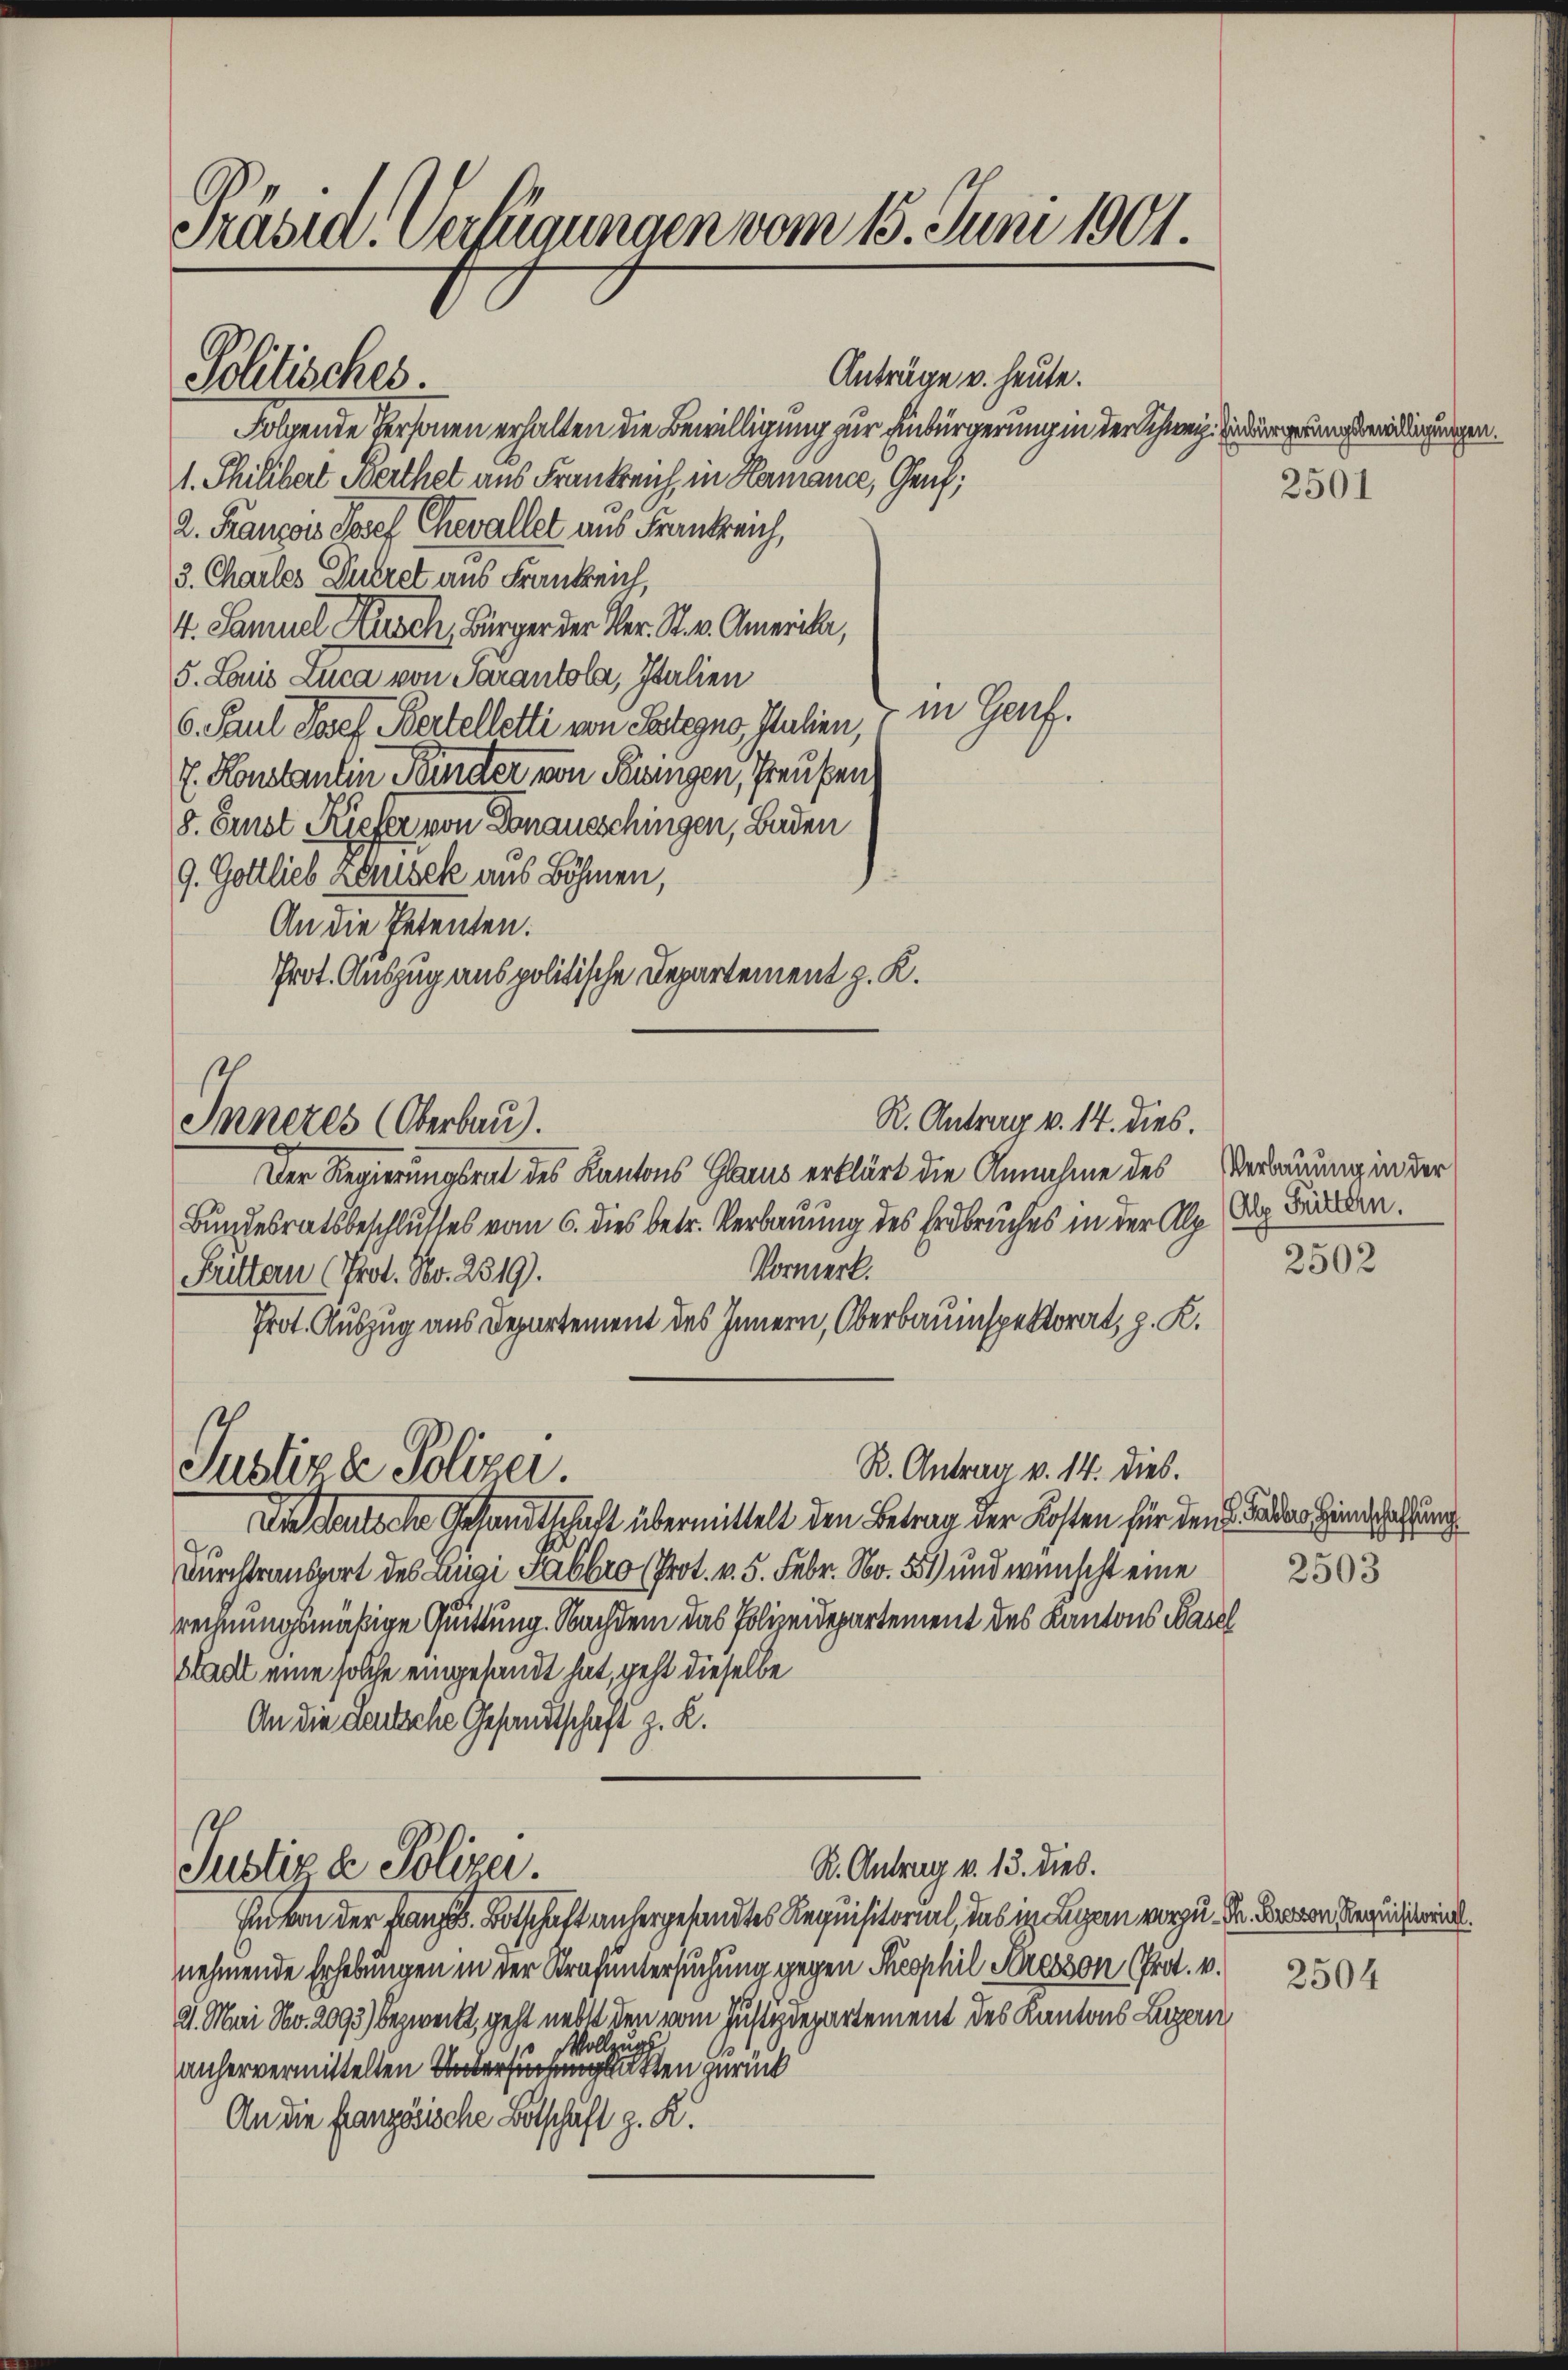
Präsid. Verfügungen vom 15. Juni 1901.

Anträge v. heute.
Folgende Personen erhalten die Bewilligung zur Einbürgerung in der Schweiz. Eindergerungsberirdigungen.
1. Philibert Berthet aus Frankreich, in Hamiance, Genf;
2. Franzis Josef Chevaller aus Frankreich,
3. Charles Dueret aus Frankreich,
4. Samuel Kusch, Bürger der Ver- St. v. Amerika,
5. Louis Luca von Sarantola, Italien
" in Genf.
C. Paul Josef Bertelletti von Essegno Salien,
E. Konstantin Binder von Burgen, Preußens
8. Ernst Kiefer von Donausschingen, Baden
9. Gottlieb zönisek aus Böhmen,
An die Petenten.
Prot. Auszug aus politische Departement z. K.
R. Antrag v. 14. dies.
Inneres Oberbau).
Der Regierungsrat des Kantons Glarus erklärt die Annahme des
Bundesratsbeschlusses vom 6. dies betr. Verbauung des Erdbruches in der Alp (od. Frieden.
Vormerk.
Prittern (Prof. No. 2319).
Prot. Auszug aus Departement des Innern, Oberbauinspektorat, z. K.
R. Antrag v. 14. dies.
Justiza Polizei.
Die deutsche Gesandtschaft übermittelt den Betrag der Kosten für den der Handlung
Durchtransport des Lügi Sabbro (Prot. v. 5. Febr. No. 551 und wünscht eine
rechnungsmäßige Quittung. Nachdem das Polizeidepartement des Kantons Wase
Stadt eine solche eingesandt hat, geht dieselbe
An die Deutsche Gesandtschaft z. R.

Politisches.

R. Antrag v. 13. dies.
Justiz & Polizei.

Ein von der französ. Botschaft anhergesandtes Requisitorial, das in Lagen vorzu. Dr. Baron Requiren.
nehmende Erhebungen in der Strafuntersuchung gegen Theophil Kresson (Prot. v.
21. Mari No. 2093) bezweckt, geht nebst den vom Justizdepartement des Kantons Luzern
Vollzugs
anhervermittelten Untersuchungsakten zurück
An die französische Botschaft z. R.

2501

Verbauung in der

2502

f
2503

2504